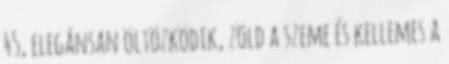
45, elegánsan öltözködik, zöld a szeme és kellemes a